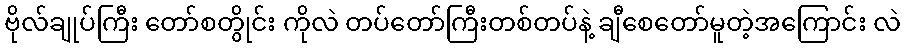
ဗိုလ်ချုပ်ကြီး တော်စတွိုင်း ကိုလဲ တပ်တော်ကြီးတစ်တပ်နဲ့ ချီစေတော်မူတဲ့အကြောင်း လဲ